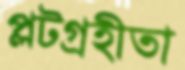
প্লটগ্রহীতা